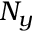
N _ { y }